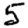
Digit: 5